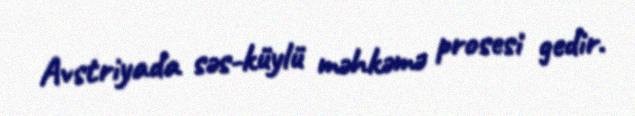
Avstriyada səs-küylü məhkəmə prosesi gedir.